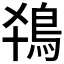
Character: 𬷂